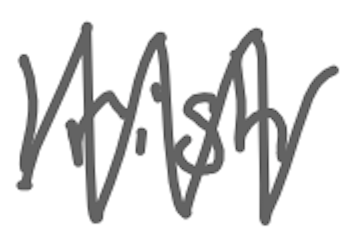
Text: Irish
Cross-out: zig-zag
Writing tool: digital_gray